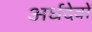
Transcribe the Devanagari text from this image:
अर्धदेवों